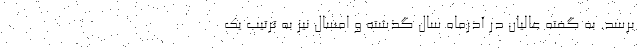
برسد. به گفته عالیان در آذرماه سال گذشته و امسال نیز به ترتیب یک